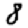
Digit: 8